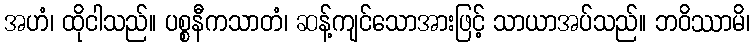
အဟံ၊ ထိုငါသည်။ ပစ္စနီကသာတံ၊ ဆန့်ကျင်သောအားဖြင့် သာယာအပ်သည်။ ဘဝိဿာမိ၊